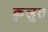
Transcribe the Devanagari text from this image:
कुलुत